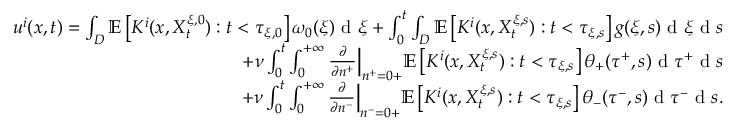
\begin{array} { r } { u ^ { i } ( x , t ) = \int _ { D } \mathbb { E } \left[ K ^ { i } ( x , X _ { t } ^ { \xi , 0 } ) : t < \tau _ { \xi , 0 } \right] \omega _ { 0 } ( \xi ) \textrm { d } \xi + \int _ { 0 } ^ { t } \int _ { D } \mathbb { E } \left[ K ^ { i } ( x , X _ { t } ^ { \xi , s } ) : t < \tau _ { \xi , s } \right] g ( \xi , s ) \textrm { d } \xi \textrm { d } s } \\ { + \nu \int _ { 0 } ^ { t } \int _ { 0 } ^ { + \infty } \frac { \partial } { \partial n ^ { + } } \Big | _ { n ^ { + } = 0 + } \mathbb { E } \left[ K ^ { i } ( x , X _ { t } ^ { \xi , s } ) : t < \tau _ { \xi , s } \right] \theta _ { + } ( \tau ^ { + } , s ) \textrm { d } \tau ^ { + } \textrm { d } s } \\ { + \nu \int _ { 0 } ^ { t } \int _ { 0 } ^ { + \infty } \frac { \partial } { \partial n ^ { - } } \Big | _ { n ^ { - } = 0 + } \mathbb { E } \left[ K ^ { i } ( x , X _ { t } ^ { \xi , s } ) : t < \tau _ { \xi , s } \right] \theta _ { - } ( \tau ^ { - } , s ) \textrm { d } \tau ^ { - } \textrm { d } s . } \end{array}